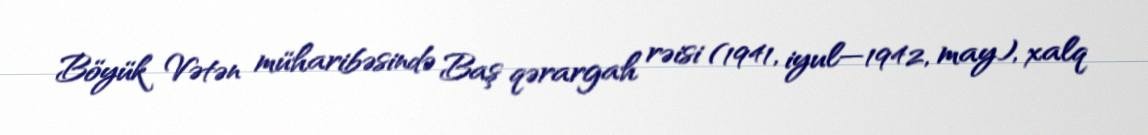
Böyük Vətən müharibəsində Baş qərargah rəisi (1941, iyul—1942, may), xalq